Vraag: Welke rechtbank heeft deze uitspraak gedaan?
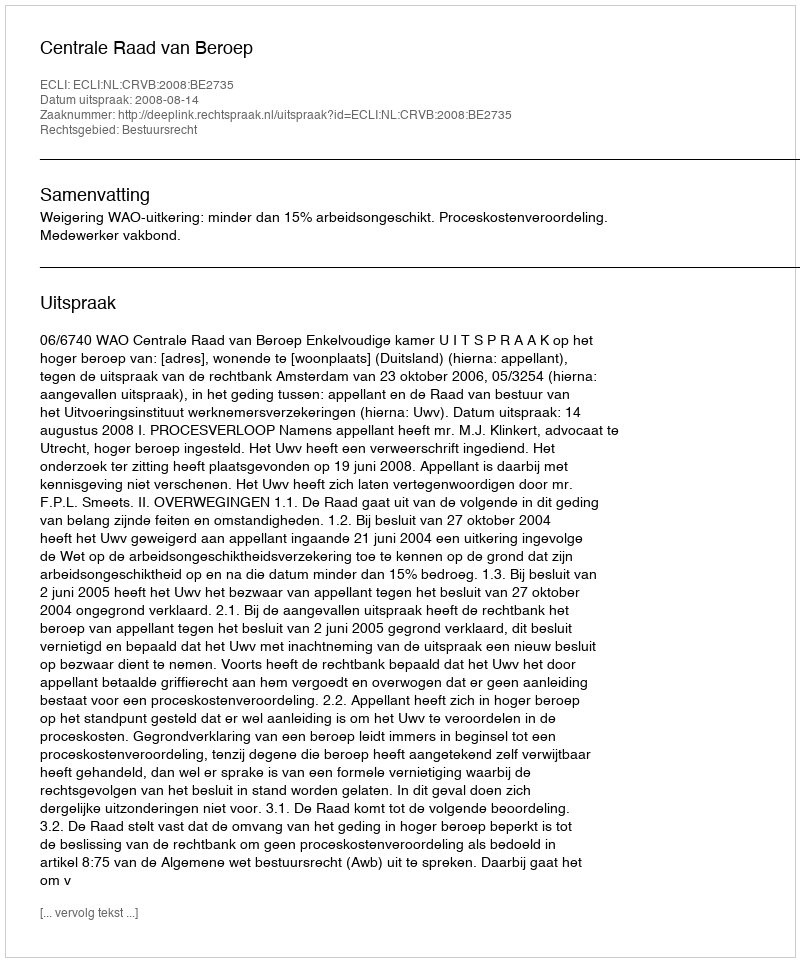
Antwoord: Centrale Raad van Beroep